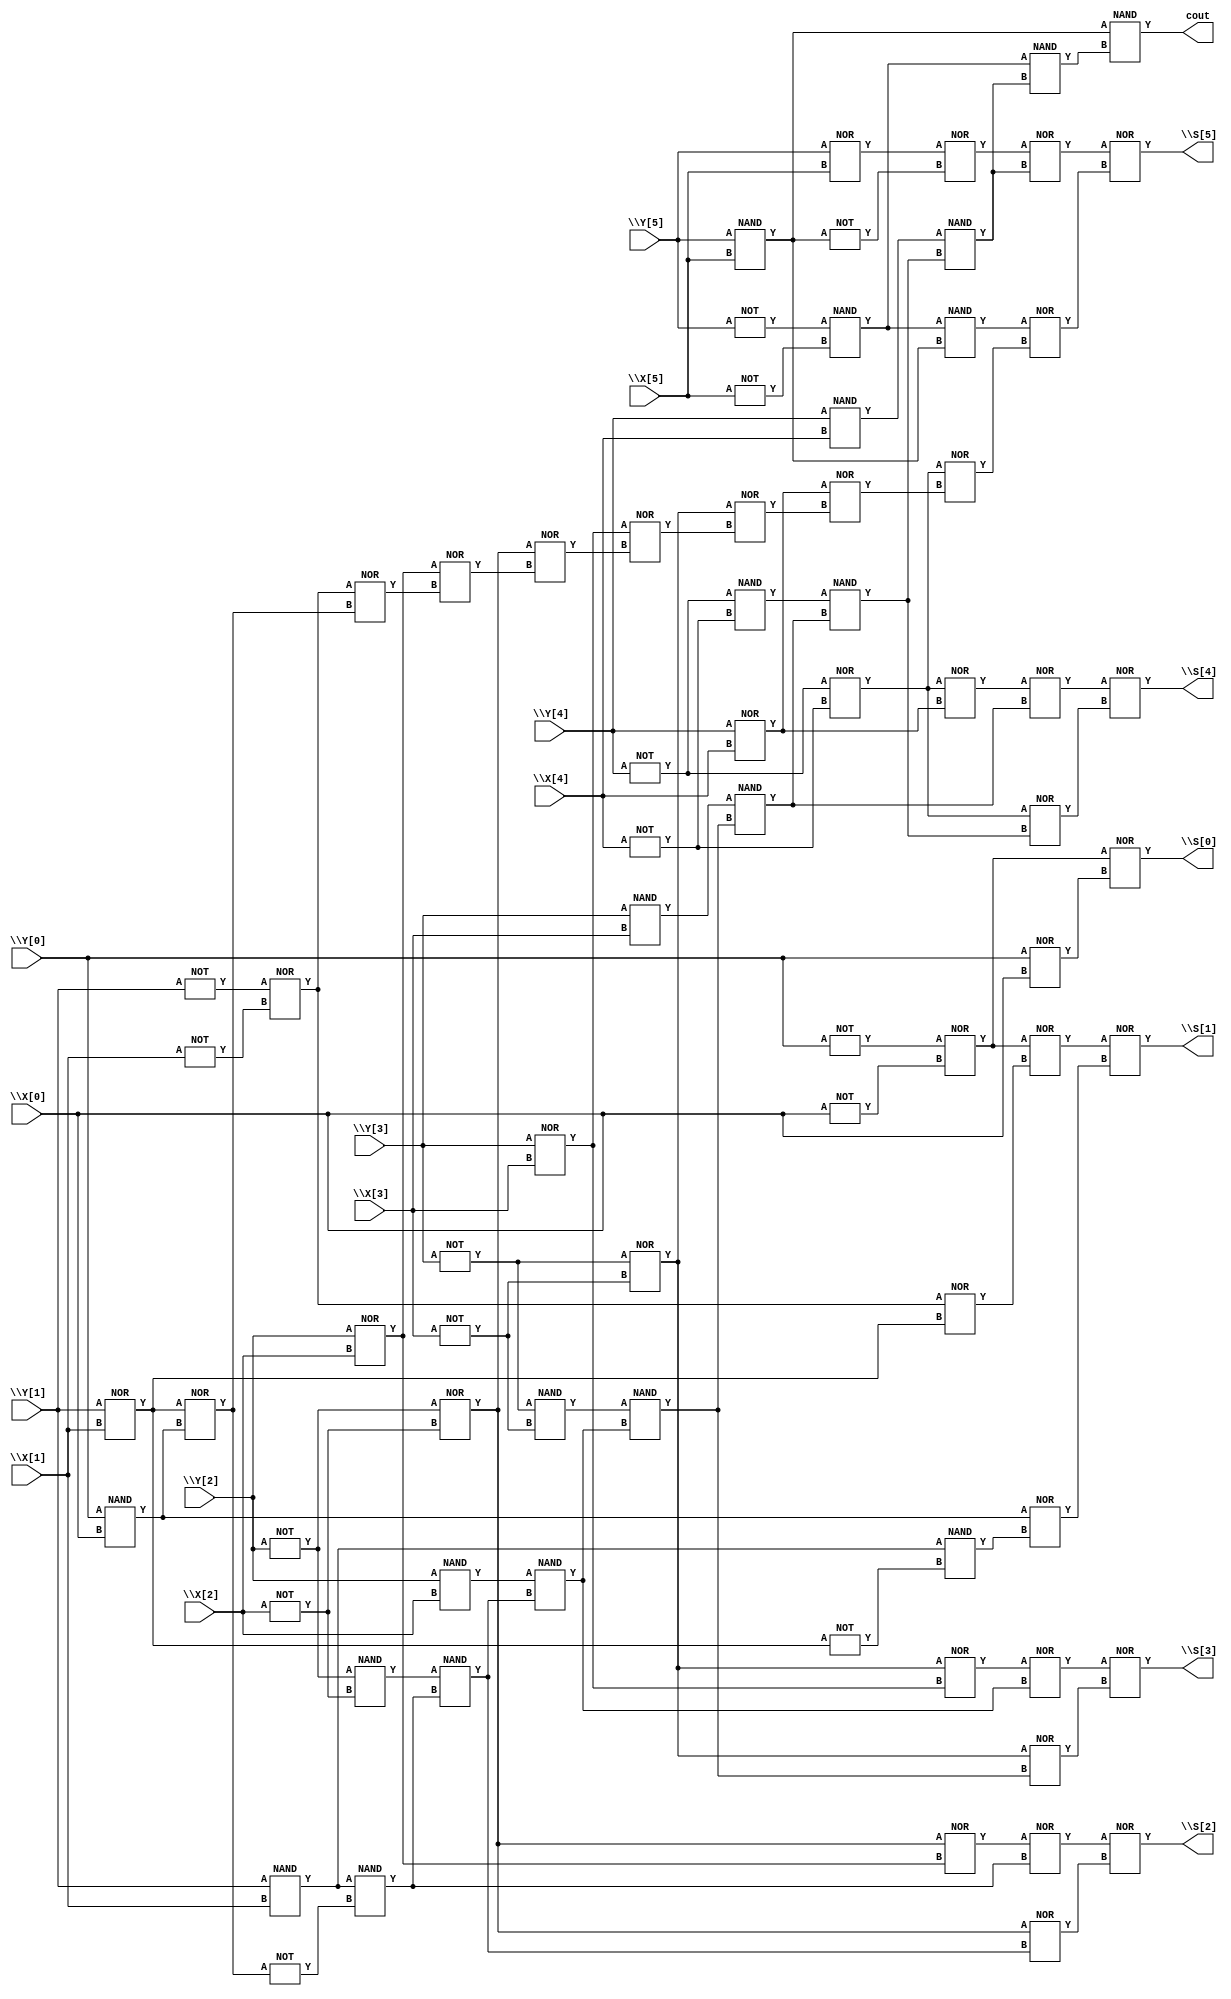
/* Generated by Yosys 0.9 (git sha1 1979e0b1, i686-w64-mingw32.static-g++ 5.5.0 -Os) */

(* top =  1  *)
(* src = "adder.v:8" *)
module adder(\X[0] , \X[1] , \X[2] , \X[3] , \X[4] , \X[5] , \Y[0] , \Y[1] , \Y[2] , \Y[3] , \Y[4] , \Y[5] , \S[0] , \S[1] , \S[2] , \S[3] , \S[4] , \S[5] , cout);
  wire _000_;
  wire _001_;
  wire _002_;
  wire _003_;
  wire _004_;
  wire _005_;
  wire _006_;
  wire _007_;
  wire _008_;
  wire _009_;
  wire _010_;
  wire _011_;
  wire _012_;
  wire _013_;
  wire _014_;
  wire _015_;
  wire _016_;
  wire _017_;
  wire _018_;
  wire _019_;
  wire _020_;
  wire _021_;
  wire _022_;
  wire _023_;
  wire _024_;
  wire _025_;
  wire _026_;
  wire _027_;
  wire _028_;
  wire _029_;
  wire _030_;
  wire _031_;
  wire _032_;
  wire _033_;
  wire _034_;
  wire _035_;
  wire _036_;
  wire _037_;
  wire _038_;
  wire _039_;
  wire _040_;
  wire _041_;
  wire _042_;
  wire _043_;
  wire _044_;
  wire _045_;
  wire _046_;
  wire _047_;
  wire _048_;
  wire _049_;
  wire _050_;
  wire _051_;
  wire _052_;
  wire _053_;
  wire _054_;
  wire _055_;
  wire _056_;
  wire _057_;
  wire _058_;
  wire _059_;
  wire _060_;
  wire _061_;
  wire _062_;
  wire _063_;
  wire _064_;
  wire _065_;
  wire _066_;
  wire _067_;
  wire _068_;
  (* src = "adder.v:18" *)
  wire G50;
  (* src = "adder.v:36|sfco.v:10" *)
  wire \G50x.Gab ;
  (* src = "adder.v:21|gph.v:8" *)
  wire \GPH0.H ;
  (* src = "adder.v:21|gph.v:7" *)
  wire \GPH0.x ;
  (* src = "adder.v:21|gph.v:7" *)
  wire \GPH0.y ;
  (* src = "adder.v:22|gph.v:7" *)
  wire \GPH1.x ;
  (* src = "adder.v:22|gph.v:7" *)
  wire \GPH1.y ;
  (* src = "adder.v:23|gph.v:7" *)
  wire \GPH2.x ;
  (* src = "adder.v:23|gph.v:7" *)
  wire \GPH2.y ;
  (* src = "adder.v:24|gph.v:7" *)
  wire \GPH3.x ;
  (* src = "adder.v:24|gph.v:7" *)
  wire \GPH3.y ;
  (* src = "adder.v:25|gph.v:7" *)
  wire \GPH4.x ;
  (* src = "adder.v:25|gph.v:7" *)
  wire \GPH4.y ;
  (* src = "adder.v:26|gph.v:7" *)
  wire \GPH5.x ;
  (* src = "adder.v:26|gph.v:7" *)
  wire \GPH5.y ;
  (* src = "adder.v:17" *)
  wire \Hii[0] ;
  (* src = "adder.v:16" *)
  wire \Pii[0] ;
  (* src = "adder.v:12" *)
  output \S[0] ;
  (* src = "adder.v:12" *)
  output \S[1] ;
  (* src = "adder.v:12" *)
  output \S[2] ;
  (* src = "adder.v:12" *)
  output \S[3] ;
  (* src = "adder.v:12" *)
  output \S[4] ;
  (* src = "adder.v:12" *)
  output \S[5] ;
  (* src = "adder.v:10" *)
  input \X[0] ;
  (* src = "adder.v:10" *)
  input \X[1] ;
  (* src = "adder.v:10" *)
  input \X[2] ;
  (* src = "adder.v:10" *)
  input \X[3] ;
  (* src = "adder.v:10" *)
  input \X[4] ;
  (* src = "adder.v:10" *)
  input \X[5] ;
  (* src = "adder.v:11" *)
  input \Y[0] ;
  (* src = "adder.v:11" *)
  input \Y[1] ;
  (* src = "adder.v:11" *)
  input \Y[2] ;
  (* src = "adder.v:11" *)
  input \Y[3] ;
  (* src = "adder.v:11" *)
  input \Y[4] ;
  (* src = "adder.v:11" *)
  input \Y[5] ;
  (* src = "adder.v:13" *)
  output cout;
  NOT _069_ (
    .A(\Y[2] ),
    .Y(_000_)
  );
  NOT _070_ (
    .A(\X[2] ),
    .Y(_001_)
  );
  NOT _071_ (
    .A(\Y[1] ),
    .Y(_002_)
  );
  NOT _072_ (
    .A(\X[1] ),
    .Y(_003_)
  );
  NOT _073_ (
    .A(\Y[3] ),
    .Y(_004_)
  );
  NOT _074_ (
    .A(\X[3] ),
    .Y(_005_)
  );
  NOT _075_ (
    .A(\Y[4] ),
    .Y(_006_)
  );
  NOT _076_ (
    .A(\X[4] ),
    .Y(_007_)
  );
  NOT _077_ (
    .A(\Y[5] ),
    .Y(_008_)
  );
  NOT _078_ (
    .A(\X[5] ),
    .Y(_009_)
  );
  NOT _079_ (
    .A(\Y[0] ),
    .Y(_010_)
  );
  NOT _080_ (
    .A(\X[0] ),
    .Y(_011_)
  );
  NOR _081_ (
    .A(_000_),
    .B(_001_),
    .Y(_012_)
  );
  NAND _082_ (
    .A(\Y[2] ),
    .B(\X[2] ),
    .Y(_013_)
  );
  NOR _083_ (
    .A(\Y[2] ),
    .B(\X[2] ),
    .Y(_014_)
  );
  NAND _084_ (
    .A(_000_),
    .B(_001_),
    .Y(_015_)
  );
  NOR _085_ (
    .A(_012_),
    .B(_014_),
    .Y(_016_)
  );
  NOR _086_ (
    .A(_002_),
    .B(_003_),
    .Y(_017_)
  );
  NAND _087_ (
    .A(\Y[1] ),
    .B(\X[1] ),
    .Y(_018_)
  );
  NOR _088_ (
    .A(\Y[1] ),
    .B(\X[1] ),
    .Y(_019_)
  );
  NOT _089_ (
    .A(_019_),
    .Y(_020_)
  );
  NOR _090_ (
    .A(_010_),
    .B(_011_),
    .Y(_021_)
  );
  NAND _091_ (
    .A(\Y[0] ),
    .B(\X[0] ),
    .Y(_022_)
  );
  NOR _092_ (
    .A(_019_),
    .B(_022_),
    .Y(_023_)
  );
  NOT _093_ (
    .A(_023_),
    .Y(_024_)
  );
  NOR _094_ (
    .A(_017_),
    .B(_023_),
    .Y(_025_)
  );
  NAND _095_ (
    .A(_018_),
    .B(_024_),
    .Y(_026_)
  );
  NOR _096_ (
    .A(_016_),
    .B(_026_),
    .Y(_027_)
  );
  NOR _097_ (
    .A(_014_),
    .B(_025_),
    .Y(_028_)
  );
  NAND _098_ (
    .A(_015_),
    .B(_026_),
    .Y(_029_)
  );
  NOR _099_ (
    .A(_012_),
    .B(_029_),
    .Y(_030_)
  );
  NOR _100_ (
    .A(_027_),
    .B(_030_),
    .Y(\S[2] )
  );
  NOR _101_ (
    .A(_004_),
    .B(_005_),
    .Y(_031_)
  );
  NAND _102_ (
    .A(\Y[3] ),
    .B(\X[3] ),
    .Y(_032_)
  );
  NOR _103_ (
    .A(\Y[3] ),
    .B(\X[3] ),
    .Y(_033_)
  );
  NAND _104_ (
    .A(_004_),
    .B(_005_),
    .Y(_034_)
  );
  NOR _105_ (
    .A(_031_),
    .B(_033_),
    .Y(_035_)
  );
  NOR _106_ (
    .A(_012_),
    .B(_028_),
    .Y(_036_)
  );
  NAND _107_ (
    .A(_013_),
    .B(_029_),
    .Y(_037_)
  );
  NOR _108_ (
    .A(_035_),
    .B(_037_),
    .Y(_038_)
  );
  NOR _109_ (
    .A(_033_),
    .B(_036_),
    .Y(_039_)
  );
  NAND _110_ (
    .A(_034_),
    .B(_037_),
    .Y(_040_)
  );
  NOR _111_ (
    .A(_031_),
    .B(_040_),
    .Y(_041_)
  );
  NOR _112_ (
    .A(_038_),
    .B(_041_),
    .Y(\S[3] )
  );
  NOR _113_ (
    .A(_006_),
    .B(_007_),
    .Y(_042_)
  );
  NAND _114_ (
    .A(\Y[4] ),
    .B(\X[4] ),
    .Y(_043_)
  );
  NOR _115_ (
    .A(\Y[4] ),
    .B(\X[4] ),
    .Y(_044_)
  );
  NAND _116_ (
    .A(_006_),
    .B(_007_),
    .Y(_045_)
  );
  NOR _117_ (
    .A(_042_),
    .B(_044_),
    .Y(_046_)
  );
  NOR _118_ (
    .A(_031_),
    .B(_039_),
    .Y(_047_)
  );
  NAND _119_ (
    .A(_032_),
    .B(_040_),
    .Y(_048_)
  );
  NOR _120_ (
    .A(_046_),
    .B(_048_),
    .Y(_049_)
  );
  NOR _121_ (
    .A(_044_),
    .B(_047_),
    .Y(_050_)
  );
  NAND _122_ (
    .A(_045_),
    .B(_048_),
    .Y(_051_)
  );
  NOR _123_ (
    .A(_042_),
    .B(_051_),
    .Y(_052_)
  );
  NOR _124_ (
    .A(_049_),
    .B(_052_),
    .Y(\S[4] )
  );
  NOR _125_ (
    .A(\Y[5] ),
    .B(\X[5] ),
    .Y(_053_)
  );
  NAND _126_ (
    .A(_008_),
    .B(_009_),
    .Y(_054_)
  );
  NAND _127_ (
    .A(\Y[5] ),
    .B(\X[5] ),
    .Y(_055_)
  );
  NOT _128_ (
    .A(_055_),
    .Y(_056_)
  );
  NOR _129_ (
    .A(_053_),
    .B(_056_),
    .Y(_057_)
  );
  NAND _130_ (
    .A(_054_),
    .B(_055_),
    .Y(_058_)
  );
  NOR _131_ (
    .A(_042_),
    .B(_050_),
    .Y(_059_)
  );
  NAND _132_ (
    .A(_043_),
    .B(_051_),
    .Y(_060_)
  );
  NOR _133_ (
    .A(_057_),
    .B(_060_),
    .Y(_061_)
  );
  NOR _134_ (
    .A(_058_),
    .B(_059_),
    .Y(_062_)
  );
  NOR _135_ (
    .A(_061_),
    .B(_062_),
    .Y(\S[5] )
  );
  NOR _136_ (
    .A(\Y[0] ),
    .B(\X[0] ),
    .Y(_063_)
  );
  NOR _137_ (
    .A(_021_),
    .B(_063_),
    .Y(\S[0] )
  );
  NAND _138_ (
    .A(_054_),
    .B(_060_),
    .Y(_064_)
  );
  NAND _139_ (
    .A(_055_),
    .B(_064_),
    .Y(cout)
  );
  NOR _140_ (
    .A(_017_),
    .B(_019_),
    .Y(_065_)
  );
  NAND _141_ (
    .A(_018_),
    .B(_020_),
    .Y(_066_)
  );
  NOR _142_ (
    .A(_021_),
    .B(_065_),
    .Y(_067_)
  );
  NOR _143_ (
    .A(_022_),
    .B(_066_),
    .Y(_068_)
  );
  NOR _144_ (
    .A(_067_),
    .B(_068_),
    .Y(\S[1] )
  );
  assign \Hii[0]  = \S[0] ;
  assign G50 = cout;
  assign \G50x.Gab  = cout;
  assign \GPH0.H  = \S[0] ;
  assign \GPH0.x  = \X[0] ;
  assign \GPH0.y  = \Y[0] ;
  assign \GPH1.x  = \X[1] ;
  assign \GPH1.y  = \Y[1] ;
  assign \GPH2.x  = \X[2] ;
  assign \GPH2.y  = \Y[2] ;
  assign \GPH3.x  = \X[3] ;
  assign \GPH3.y  = \Y[3] ;
  assign \GPH4.x  = \X[4] ;
  assign \GPH4.y  = \Y[4] ;
  assign \GPH5.x  = \X[5] ;
  assign \GPH5.y  = \Y[5] ;
  assign \Pii[0]  = 1'hx;
endmodule



module NOT(A, Y);
input A;
output Y;
assign Y = ~A;
endmodule

module NAND(A, B, Y);
input A, B;
output Y;
assign Y = ~(A & B);
endmodule

module NOR(A, B, Y);
input A, B;
output Y;
assign Y = ~(A | B);
endmodule